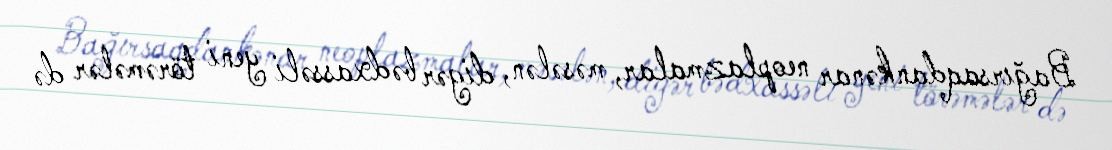
Bağırsaqdankənar neoplazmalar, məsələn, digər bədxassəli yeni törəmələr də